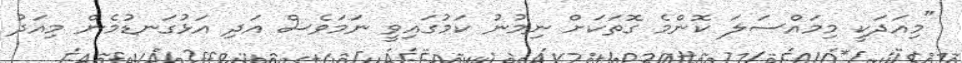
"މިއަދަކީ މިމައްސަލަ ކޮންމެ ގޮތަކަށް ނިމުނު ކަމުގައިވީ ނަމަވެސް އަދި އަޅުގަނޑުމެން މިއަދު